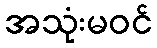
အသုံးမဝင်